Vaccination United Provinces of Agra and Oudh 1923-1928 - 1923-1928
Year: 1923
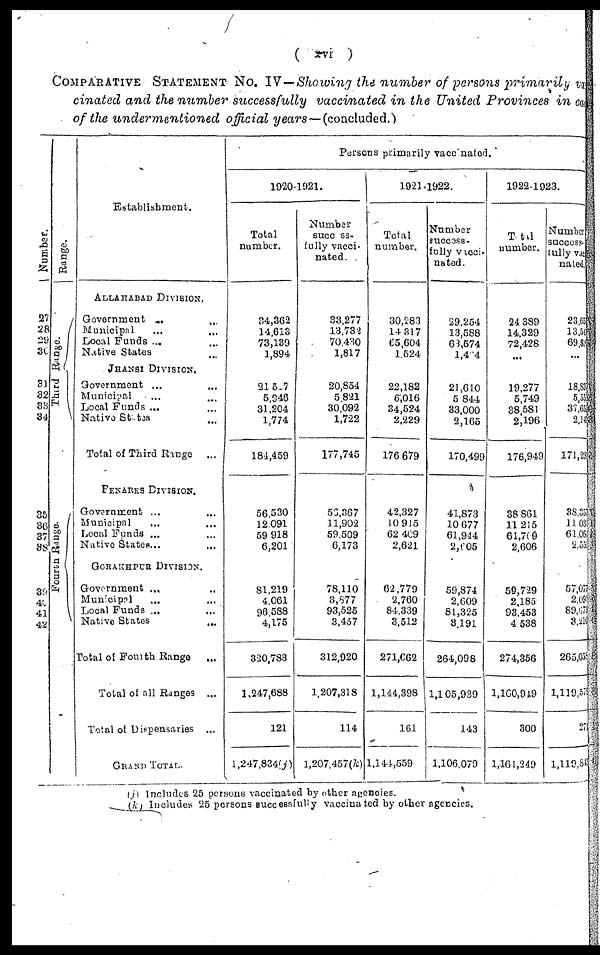
( xvi )
COMPARATIVE STATEMENT No. IV.—Showing the number of persons primarily vac¬
cinated and the number successfully vaccinated in the United Provinces in each
of the undermentioned official years—(concluded.)
Number.
27
28
29
30
31
32
33
34
35
36
37
38
39
40
41
42
Range.
Third Range.
Fourth Range.
Establishment.
ALLAHABAD DIVISION.
Government ...
...
Municipal ... ...
Local Funds ... ...
Native States ... ...
JHANSI DIVISION.
Government ... ...
Municipal ... ...
Local Funds ... ...
Native States ... ...
Total of Third Range
...
BENARES DIVISION.
Government ... ...
Municipal
...
...
Local Funds ... ...
Native States ... ...
GORAKHPUR DIVISION.
Government ... ...
Municipal ... ...
Local Funds ... ...
Native States ... ...
Total of Fourth Range ...
Total of all Ranges
...
Total of Dispensaries
...
GRAND TOTAL.
Persons primarily vaccinated.
1920-1921.
Total
number.
34,362
14,613
73,139
1,894
21,507
5,946
31,204
1,774
184,459
56,530
12,091
59,918
6,201
81,219
4,061
96,588
4,175
320,783
1,247,688
121
1,247,834(j)
Number
success¬
fully vacci-
nated.
33,277
13,732
70,430
1,817
20,854
5,821
30,092
1,722
177,745
56,367
11,902
59,509
6,173
78,110
3,877
93,525
3,457
312,920
1,207,318
114
1,207,457(k)
1921.1922.
Total
number.
30,283
14,317
65,604
1,524
22,182
6,016
34,524
2,229
176,679
42,327
10,915
62,409
2,621
62,779
2,760
84,339
3,512
271,662
1,144,398
161
1,144,559
Number
success¬
fully vacci¬
nated.
29,254
13,588
63,574
1,454
21,610
5,844
33,000
2,165
170,499
41,873
10,677
61,944
2, 605
59,874
2,609
81,325
3,191
264,098
1,105,939
143
1,106,079
1922-1923.
Total
number.
24,389
14,329
72,428
...
19,277
5,749
38,581
2,196
176,949
38,861
11,215
61,769
2,606
59,729
2,185
93,453
4,538
274,356
1,160,949
300
1,161,249
Number
success¬
fully vacci¬
nated.
23,65
13,54
69,8
...
18,83
5,55
37,65
2,14
171,29
38,357
11,031
61,064
2,551
57,077
2,094
89,673
3,210
265,059
1,119,578
271
1,119,843
(j) Includes 25 persons vaccinated by other agencies.
(k) Includes 25 persons successfully vaccinated by other agencies.